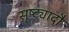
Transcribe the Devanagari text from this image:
सृष्ट्यादौ